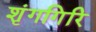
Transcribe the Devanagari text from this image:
शृंगगिरि